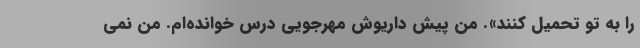
را به تو تحمیل کنند». من پیش داریوش مهرجویی درس خوانده‌ام. من نمی